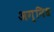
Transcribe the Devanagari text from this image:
अग्निध